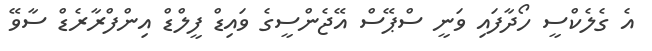
އެ ގެލެކްސީ ހޯދާފައި ވަނީ ސްޕޭސް އޭޖެންސީގެ ވައިޑް ފީލްޑް އިންފްރާރެޑް ސާވޭ